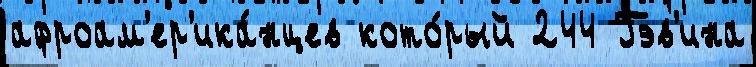
афроам'ер'ика́нцев кото́рый 244 Гэв'ина